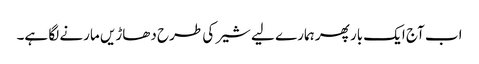
اب آج ایک بار پھر ہمارے لیے شیر کی طرح دھاڑیں مارنے لگا ہے۔